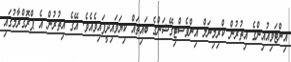
އިންޓަވިއުއިންގެ އިތުރުން ކްރިމިނަލް އިންވެސްޓިގޭޝަންގެ ބައިތައް ކިޔަވައިދީފައިވެއެވެ. އޭގެ އިތުރުން އެ ޕްރޮގްރާމުގައި